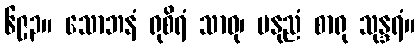
၆၉၃။ သောဘနံ ရုစိရံ သာဓု၊ မနုညံ စာရု သုန္ဒရံ။